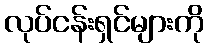
လုပ်ငန်းရှင်များကို